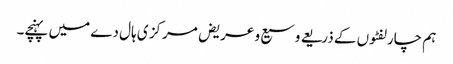
ہم چارلفٹوں کے ذریعے وسیع و عریض مرکز ی ہال دے میں پہنچے۔